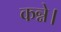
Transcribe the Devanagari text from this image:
कन्ने।